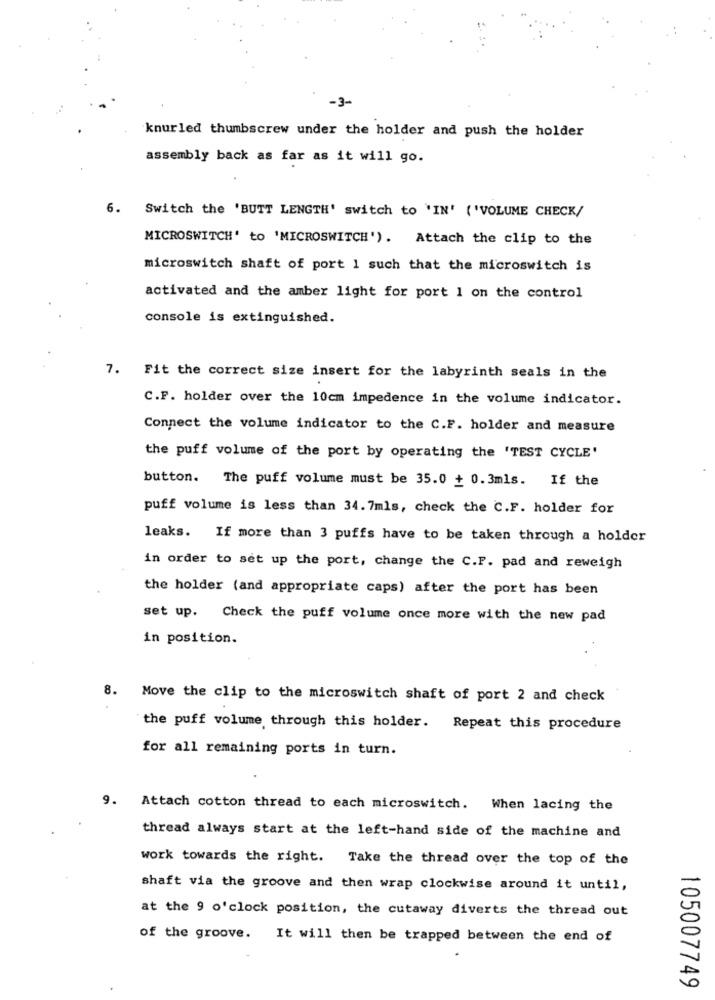
-3-
knurled thumbscrew under the holder and push the holder
assembly back as far as it will go.
6. Switch the 'BUTT LENGTH' switch to 'IN' ('VOLUME CHECK/
MICROSWITCH' to 'MICROSWITCH'). Attach the clip to the
microswitch shaft of port 1 such that the microswitch is
activated and the amber light for port 1 on the control
console is extinguished.
7.
Fit the correct size insert for the labyrinth seals in the
C.F. holder over the 10cm impedence in the volume indicator.
Connect the volume indicator to the C.F. holder and measure
the puff volume of the port by operating the 'TEST CYCLE'
button. The puff volume must be 35.0 + 0.3mls. If the
puff volume is less than 34. 7mls, check the C.F. holder for
leaks. If more than 3 puffs have to be taken through a holder
in order to set up the port, change the C.P. pad and reweigh
the holder (and appropriate caps) after the port has been
set up. Check the puff volume once more with the new pad
in position.
8.
Move the clip to the microswitch shaft of port 2 and check
the puff volume through this holder. Repeat this procedure
for all remaining ports in turn.
9. Attach cotton thread to each microswitch. When lacing the
thread always start at the left-hand side of the machine and
work towards the right.
Take the thread over the top of the
shaft via the groove and then wrap clockwise around it until,
at the 9 o'clock position, the cutaway diverts the thread out
of the groove.
It will then be trapped between the end of
105007749